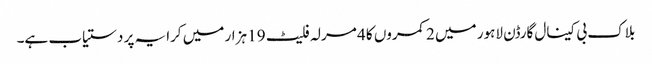
بلاک بی کینال گارڈن لاہور میں 2 کمروں کا 4 مرلہ فلیٹ 19 ہزار میں کرایہ پر دستیاب ہے۔